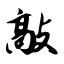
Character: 敲